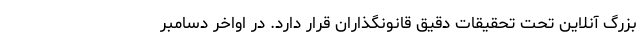
بزرگ آنلاین تحت تحقیقات دقیق قانونگذاران قرار دارد. در اواخر دسامبر